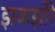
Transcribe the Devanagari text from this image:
झकझोरे